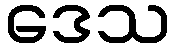
ဒေသ